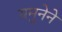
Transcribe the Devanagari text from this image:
यमुनेने